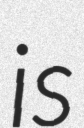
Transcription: is